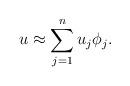
LaTeX: \begin{align*}u\approx\sum_{j=1}^{n}u_{j}\phi_{j}.\end{align*}